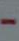
-